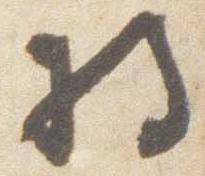
将